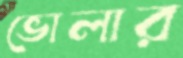
ভোলার